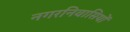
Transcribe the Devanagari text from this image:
नगरनिवासियों